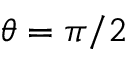
\theta = \pi / 2